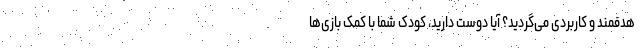
هدفمند و کاربردی می‌گردید؟ آیا دوست دارید، کودک شما با کمک بازی‌ها